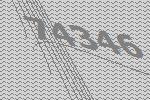
74346